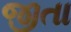
જીતા